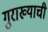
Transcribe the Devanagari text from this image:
गुराख्याची